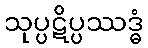
သုပ္ပဋိပ္ပဿဒ္ဓံ